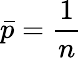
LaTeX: \bar{p}=\frac{1}{n}